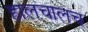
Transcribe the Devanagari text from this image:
हालचालच